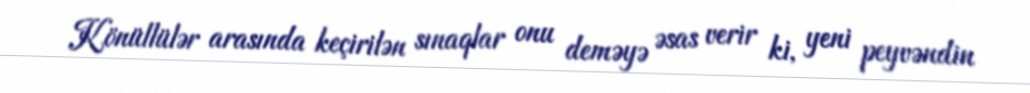
Könüllülər arasında keçirilən sınaqlar onu deməyə əsas verir ki, yeni peyvəndin